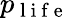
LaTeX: p_{\mathrm{~l~i~f~e~}}